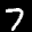
Label: 7